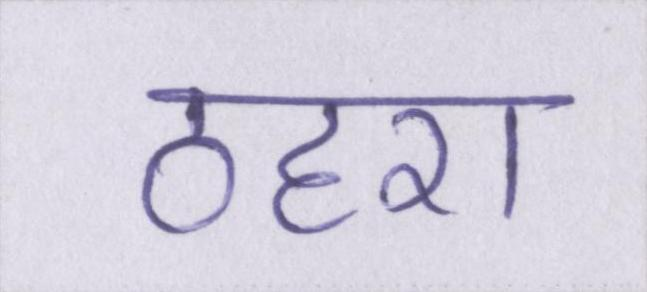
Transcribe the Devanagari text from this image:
ठहरा